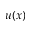
u ( x )